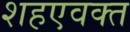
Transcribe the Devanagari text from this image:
शहएवक्त